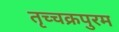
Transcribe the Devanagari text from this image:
तृच्चक्रपुरम